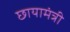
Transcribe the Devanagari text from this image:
छायामंत्री